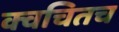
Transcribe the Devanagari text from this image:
क्‍वचितच